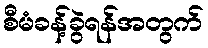
စီမံခန့်ခွဲရန်အတွက်